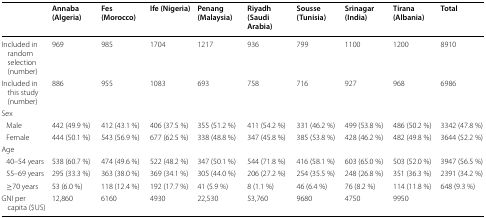
<table><thead><tr><td></td><td><b>Annaba (Algeria)</b></td><td><b>Fes (Morocco)</b></td><td><b>Ife (Nigeria)</b></td><td><b>Penang (Malaysia)</b></td><td><b>Riyadh (Saudi Arabia)</b></td><td><b>Sousse (Tunisia)</b></td><td><b>Srinagar (India)</b></td><td><b>Tirana (Albania)</b></td><td><b>Total</b></td></tr></thead><tbody><tr><td>Included in random selection (number)</td><td>969</td><td>985</td><td>1704</td><td>1217</td><td>936</td><td>799</td><td>1100</td><td>1200</td><td>8910</td></tr><tr><td>Included in this study (number)</td><td>886</td><td>955</td><td>1083</td><td>693</td><td>758</td><td>716</td><td>927</td><td>968</td><td>6986</td></tr><tr><td colspan="10">Sex</td></tr><tr><td> Male</td><td>442 (49.9 %)</td><td>412 (43.1 %)</td><td>406 (37.5 %)</td><td>355 (51.2 %)</td><td>411 (54.2 %)</td><td>331 (46.2 %)</td><td>499 (53.8 %)</td><td>486 (50.2 %)</td><td>3342 (47.8 %)</td></tr><tr><td> Female</td><td>444 (50.1 %)</td><td>543 (56.9 %)</td><td>677 (62.5 %)</td><td>338 (48.8 %)</td><td>347 (45.8 %)</td><td>385 (53.8 %)</td><td>428 (46.2 %)</td><td>482 (49.8 %)</td><td>3644 (52.2 %)</td></tr><tr><td colspan="10">Age</td></tr><tr><td> 40–54 years</td><td>538 (60.7 %)</td><td>474 (49.6 %)</td><td>522 (48.2 %)</td><td>347 (50.1 %)</td><td>544 (71.8 %)</td><td>416 (58.1 %)</td><td>603 (65.0 %)</td><td>503 (52.0 %)</td><td>3947 (56.5 %)</td></tr><tr><td> 55–69 years</td><td>295 (33.3 %)</td><td>363 (38.0 %)</td><td>369 (34.1 %)</td><td>305 (44.0 %)</td><td>206 (27.2 %)</td><td>254 (35.5 %)</td><td>248 (26.8 %)</td><td>351 (36.3 %)</td><td>2391 (34.2 %)</td></tr><tr><td> ≥70 years</td><td>53 (6.0 %)</td><td>118 (12.4 %)</td><td>192 (17.7 %)</td><td>41 (5.9 %)</td><td>8 (1.1 %)</td><td>46 (6.4 %)</td><td>76 (8.2 %)</td><td>114 (11.8 %)</td><td>648 (9.3 %)</td></tr><tr><td>GNI per capita ($US)</td><td>12,860</td><td>6160</td><td>4930</td><td>22,530</td><td>53,760</td><td>9680</td><td>4750</td><td>9950</td><td></td></tr></tbody></table>